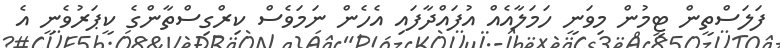
ފަލަސްތީން ޓީމުން މިވަނީ ހަމަލާއެއް އުފައްދާފައި އެހެން ނަމަވެސް ކިރްގިސްތާންގެ ކީޕަރުވެނީ އެ